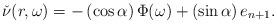
LaTeX: \begin{align*}\check{\nu}(r, \omega) &= -\left(\cos \alpha\right)\Phi(\omega) + \left(\sin \alpha\right)e_{n+1}.\end{align*}